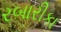
રબારીકા